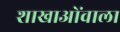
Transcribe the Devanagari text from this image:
शाखाओंवाला